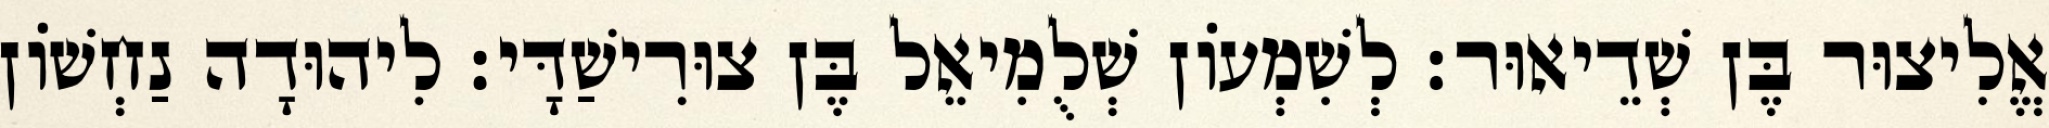
אֱלִיצוּר בֶּן שְׁדֵיאוּר׃ לְשִׁמְעוֹן שְׁלֻמִיאֵל בֶּן צוּרִישַׁדָּי׃ לִיהוּדָה נַחְשׁוֹן